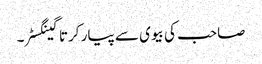
صاحب کی بیوی سے پیار کرتا گینگسٹر۔